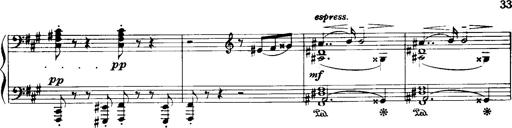
Title: Historische ungarische Bildnisse
Composer: Franz Liszt